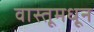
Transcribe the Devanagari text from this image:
वास्तूमधून